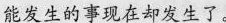
能发生的事现在却发生了。